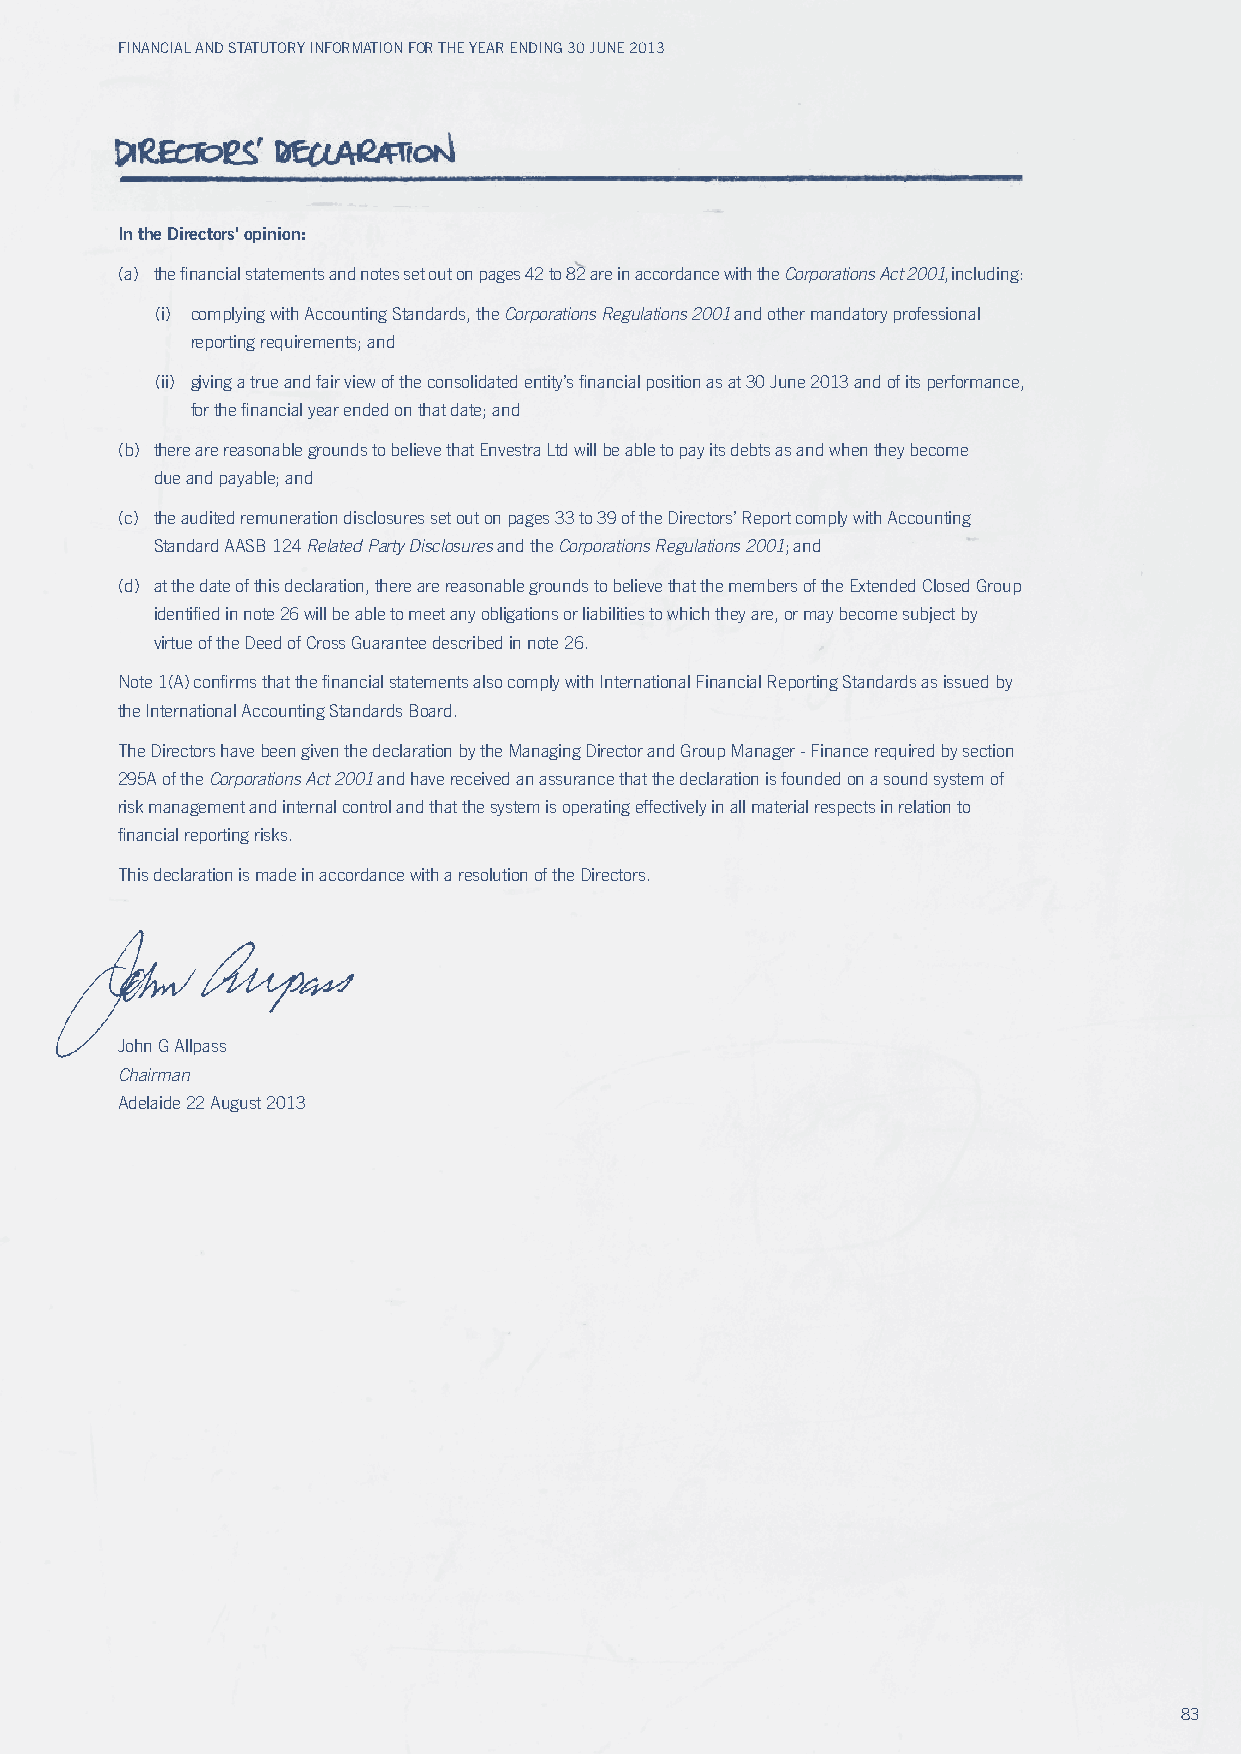
Financial and Statutory inFormation For the year ending 30 June 2013
 In the Directors' opinion:
 (a) the financial statements and notes set out on pages 42 to 82 are in accordance with the Corporations Act 2001, including:
 (i) complying with Accounting Standards, the Corporations Regulations 2001 and other mandatory professional
 reporting requirements; and
 (ii) giving a true and fair view of the consolidated entity’s financial position as at 30 June 2013 and of its performance,
 for the financial year ended on that date; and
 (b) there are reasonable grounds to believe that Envestra Ltd will be able to pay its debts as and when they become
 due and payable; and
 (c) the audited remuneration disclosures set out on pages 33 to 39 of the Directors’ Report comply with Accounting
 Standard AASB 124 Related party Disclosures and the Corporations Regulations 2001; and
 (d) at the date of this declaration, there are reasonable grounds to believe that the members of the Extended Closed Group
 identified in note 26 will be able to meet any obligations or liabilities to which they are, or may become subject by
 virtue of the Deed of Cross Guarantee described in note 26.
 Note 1(A) confirms that the financial statements also comply with International Financial Reporting Standards as issued by
 the International Accounting Standards Board.
 The Directors have been given the declaration by the Managing Director and Group Manager - Finance required by section
 295A of the Corporations Act 2001 and have received an assurance that the declaration is founded on a sound system of
 risk management and internal control and that the system is operating effectively in all material respects in relation to
 financial reporting risks.
 This declaration is made in accordance with a resolution of the Directors.
 John G Allpass
 Chairman
 Adelaide 22 August 2013
 83